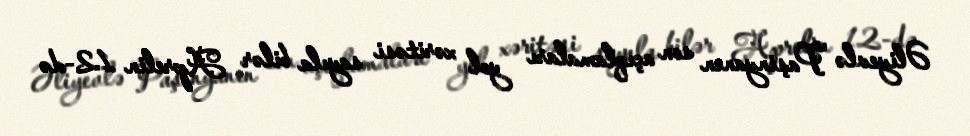
Əliyevlə Paşinyanın son açıqlamaları yol xəritəsi sayıla bilər Aprelin 12-də